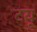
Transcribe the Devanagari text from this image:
टयू